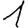
Digit: 1